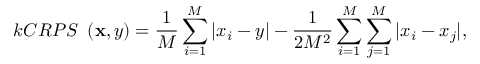
k C R P S ~ \left( \mathbf { x } , y \right) = \frac { 1 } { M } \sum _ { i = 1 } ^ { M } | x _ { i } - y | - \frac { 1 } { 2 M ^ { 2 } } \sum _ { i = 1 } ^ { M } \sum _ { j = 1 } ^ { M } | x _ { i } - x _ { j } | ,